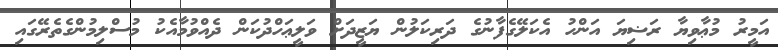
އަމީރު މުޢާވިޔާ ރަޟިޔަ އަންހު އެކަލޭގެފާނުގެ ދަރިކަލުން ޔަޒީދަށް ވަލީޢަހްދުކަން ދެއްވުމާއެކު މުސްލިމުންގެތެރޭގައި